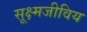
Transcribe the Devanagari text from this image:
सूक्ष्मजीविय